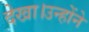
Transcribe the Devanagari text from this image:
देखा।उन्होंने